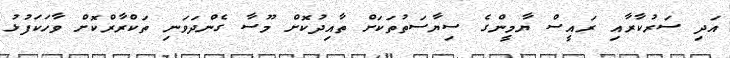
އަދި ސަރުކާރާއި ރައީސް ޔާމީންގެ ސިޔާސަތުތަކަށް ތާއިދުކޮށް މޫސާ ގެންދަވަނި ތަކްރާރްކޮށް ވާހަކަފުޅު